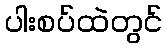
ပါးစပ်ထဲတွင်